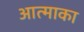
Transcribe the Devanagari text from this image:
आत्माका